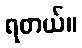
ရတယ်။